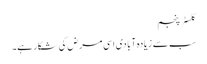
کلسٹر پنجم
سب سے زیادہ آبادی اسی مرض کی شکار ہے۔